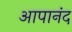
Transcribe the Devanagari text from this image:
आपानंद